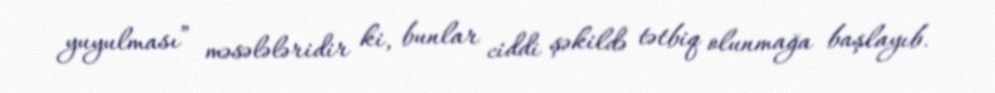
yuyulması” məsələləridir ki, bunlar ciddi şəkildə tətbiq olunmağa başlayıb.